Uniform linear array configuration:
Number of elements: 64
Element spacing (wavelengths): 0.5
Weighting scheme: binomial
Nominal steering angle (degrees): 60
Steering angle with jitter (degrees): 61.373
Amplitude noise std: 0.05
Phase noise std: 0.05

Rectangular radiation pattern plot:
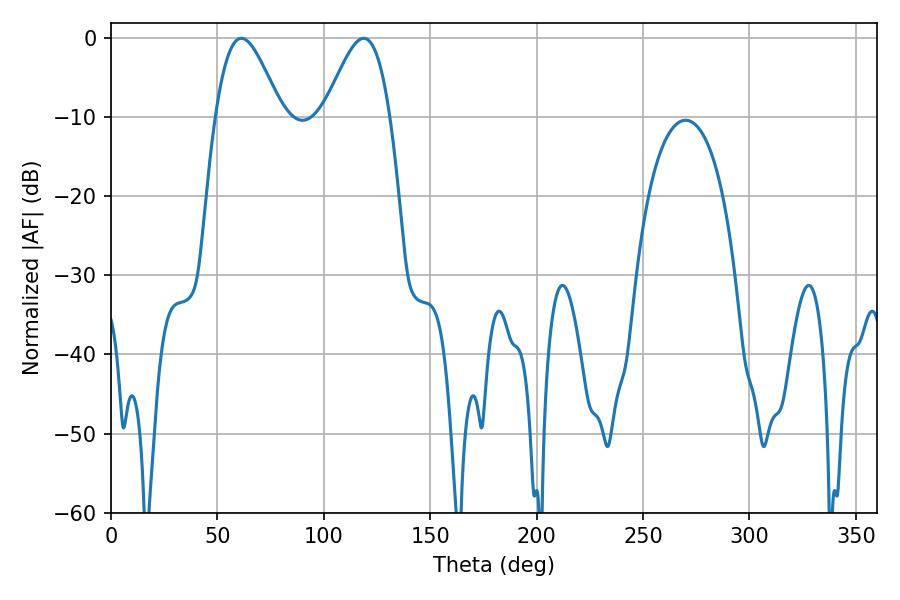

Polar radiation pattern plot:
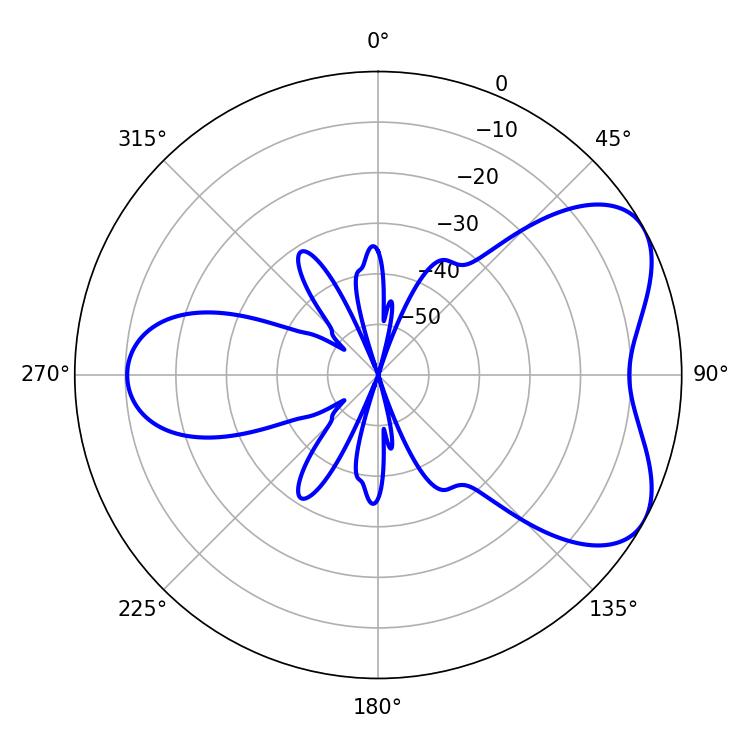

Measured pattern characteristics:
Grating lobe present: FALSE
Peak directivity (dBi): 5.591
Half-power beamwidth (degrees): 16.38
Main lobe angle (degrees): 61.2